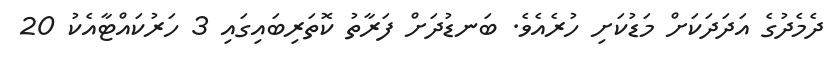
ދެމެދުގެ އަދަދަކަށް މަޑުކަށި ހުރެއެވެ. ބަނޑުދަށް ފަރާތު ކޮތަރިބައިގައި 3 ހަރުކައްޓާއެކު 20